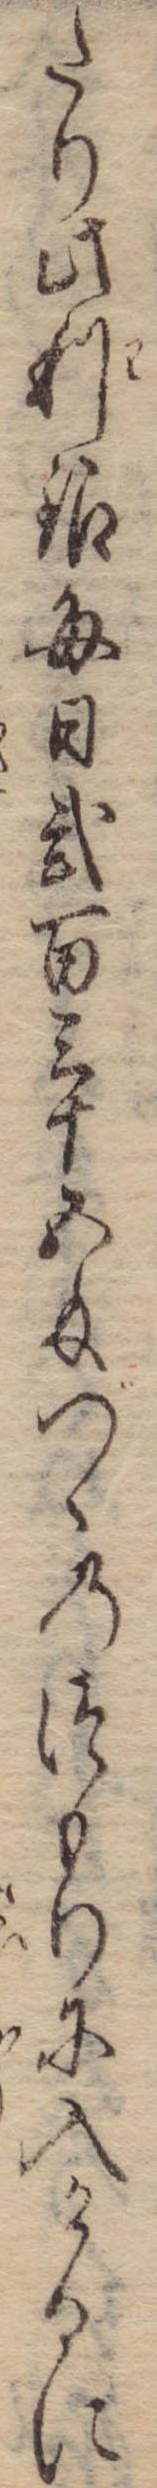
たり此利銀毎日弐百三十五匁づゝのつもりに入けるに